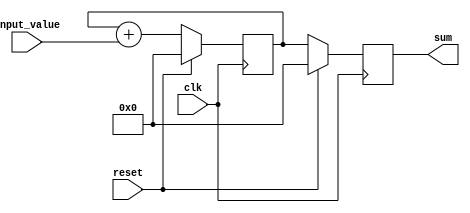
module accumulator(
    input clk,
    input reset,
    input signed [31:0] input_value,
    output reg signed [31:0] sum
);

reg signed [31:0] counter;

always @ (posedge clk) begin
    if (reset) begin
        counter <= 0;
        sum <= 0;
    end
    else begin
        counter <= counter + input_value;
        sum <= counter;
    end
end

endmodule